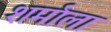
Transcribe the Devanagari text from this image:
शर्माला